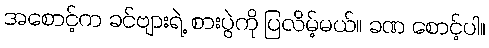
အစောင့်က ခင်ဗျားရဲ့ စားပွဲကို ပြလိမ့်မယ်။ ခဏ စောင့်ပါ။